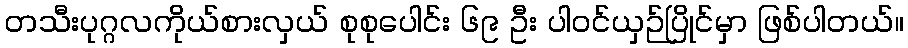
တသီးပုဂ္ဂလကိုယ်စားလှယ် စုစုပေါင်း ၆၉ ဦး ပါဝင်ယှဉ်ပြိုင်မှာ ဖြစ်ပါတယ်။